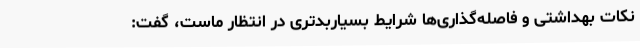
نکات بهداشتی و فاصله‌گذاری‌ها شرایط بسیاربدتری در انتظار ماست، گفت: